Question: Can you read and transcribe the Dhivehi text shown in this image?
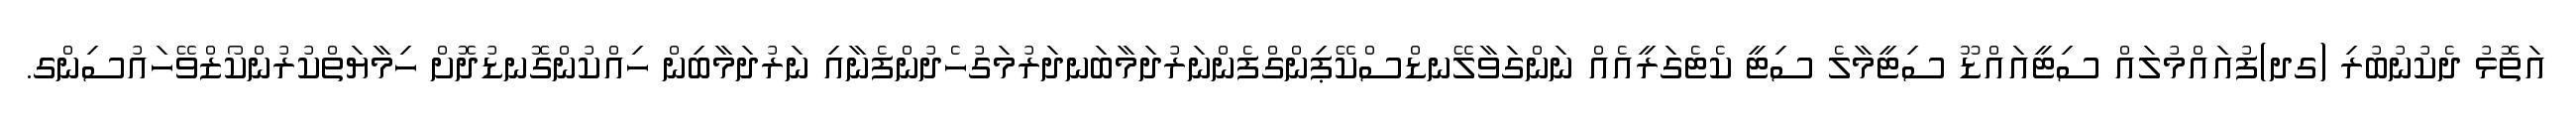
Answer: އަތޮޅު ދެކުނުބުރި (ގދ)ފުއައްމުލައް ސިޓީއައްޑޫ ސިޓީމާލެ ސިޓީ ކެޓެގަރީއެއް ނަންގަވާލޭނޑްސްކޭޕިންގްފެންނަރުދަމާބަނދަރުމަގުހެދުންފެނާއި ނަރުދަމާބިން ހިއްކުންގޮނޑުދޮށް ހިމާޔަތްކުރުންކޯޒްވޭހައުސިންގ.